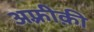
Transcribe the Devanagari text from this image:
अफ़्रीक़ी